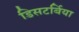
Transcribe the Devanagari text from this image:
डिसटर्बिया